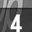
Digit: 4